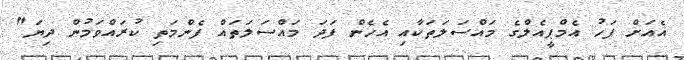
އެއަށް ފަހު އެމްޕީއެލްގެ މައްސަލަތަކާއި އެހެން ފަދަ މައްސަލަތައް ފެންމަތި ކުރައްވަމުން ދިޔަ"